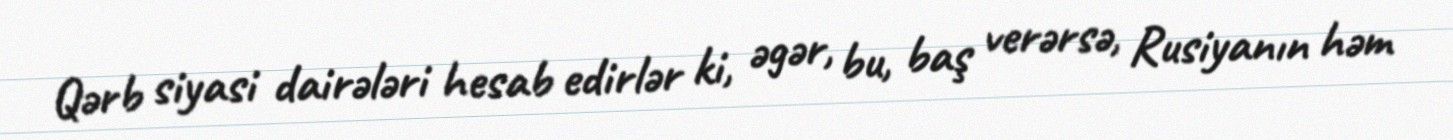
Qərb siyasi dairələri hesab edirlər ki, əgər, bu, baş verərsə, Rusiyanın həm